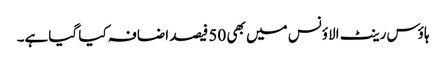
ہاؤس رینٹ الاؤنس میں بھی 50 فیصد اضافہ کیا گیاہے۔